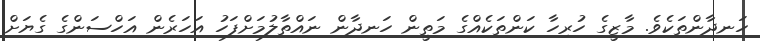
ހަނދާންތަކެވެ. މާޒީގެ ހުރިހާ ކަންތަކެއްގެ މަތީން ހަނދާން ނައްތާލުމަށްފަހު އަހަރެން އަހްސަންގެ ގެޔަށް